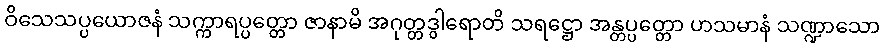
ဝိသေသပ္ပယောဇနံ သက္ကာရပ္ပတ္တော ဇာနာမိ အဂုတ္တဒွါရောတိ သရဋ္ဌော အန္တပ္ပတ္တော ဟသမာနံ သဏ္ဍာသော